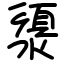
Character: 澃